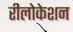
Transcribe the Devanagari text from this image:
रीलोकेशन